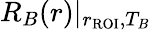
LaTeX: R_{B}(r)\rvert_{r_{\mathrm{ROI}},T_{B}}